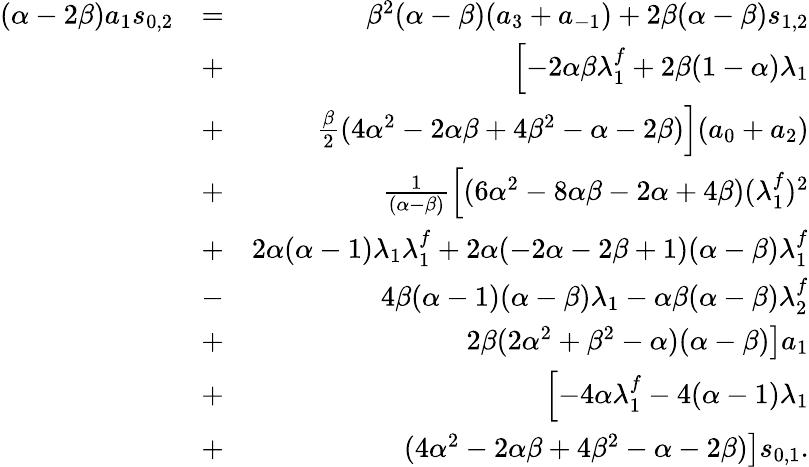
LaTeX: \begin{array}{rlr}{(\alpha-2\beta)a_{1}s_{0,2}}&{=}&{\beta^{2}(\alpha-\beta)(a_{3}+a_{-1})+2\beta(\alpha-\beta)s_{1,2}}\\ &{+}&{\left[-2\alpha\beta\lambda_{1}^{f}+2\beta(1-\alpha)\lambda_{1}\right.}\\ &{+}&{\left.\frac{\beta}{2}(4\alpha^{2}-2\alpha\beta+4\beta^{2}-\alpha-2\beta)\right](a_{0}+a_{2})}\\ &{+}&{\frac{1}{(\alpha-\beta)}\left[(6\alpha^{2}-8\alpha\beta-2\alpha+4\beta)(\lambda_{1}^{f})^{2}\right.}\\ &{+}&{\left.2\alpha(\alpha-1)\lambda_{1}\lambda_{1}^{f}+2\alpha(-2\alpha-2\beta+1)(\alpha-\beta)\lambda_{1}^{f}\right.}\\ &{-}&{\left.4\beta(\alpha-1)(\alpha-\beta)\lambda_{1}-\alpha\beta(\alpha-\beta)\lambda_{2}^{f}\right.}\\ &{+}&{\left.2\beta(2\alpha^{2}+\beta^{2}-\alpha)(\alpha-\beta)\right]a_{1}}\\ &{+}&{\left[-4\alpha\lambda_{1}^{f}-4(\alpha-1)\lambda_{1}\right.}\\ &{+}&{\left.(4\alpha^{2}-2\alpha\beta+4\beta^{2}-\alpha-2\beta)\right]s_{0,1}.}\end{array}